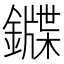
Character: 䥡